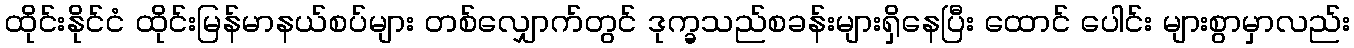
ထိုင်းနိုင်ငံ ထိုင်းမြန်မာနယ်စပ်များ တစ်လျှောက်တွင် ဒုက္ခသည်စခန်းများရှိနေပြီး ထောင် ပေါင်း များစွာမှာလည်း